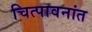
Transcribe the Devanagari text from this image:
चित्पावनांत